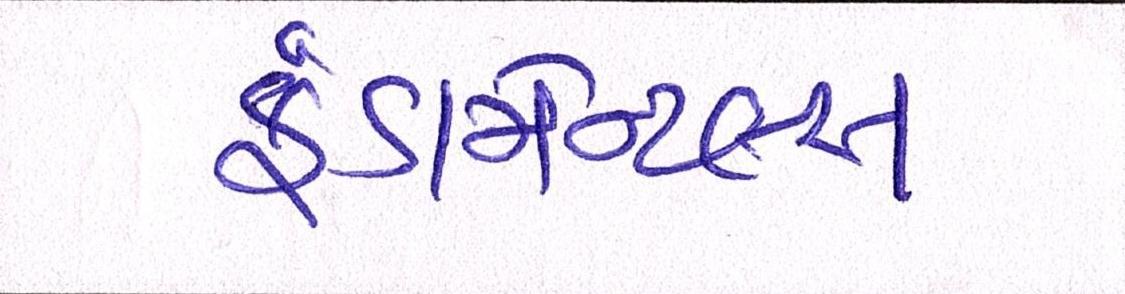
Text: ફંડામેન્ટલ્સ